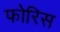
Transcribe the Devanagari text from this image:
फोरिस